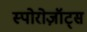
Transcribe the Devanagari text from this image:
स्पोरोज़ॉट्स